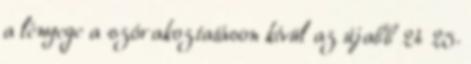
a lényege a szórakoztatáson kívül az újabb 24 25.